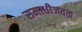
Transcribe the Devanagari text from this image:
समाधीजवळ